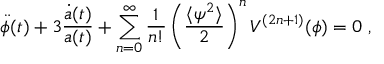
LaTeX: \ddot { \phi } ( t ) + 3 \frac { \dot { a } ( t ) } { a ( t ) } + \sum _ { n = 0 } ^ { \infty } \frac { 1 } { n ! } \left( \frac { \langle \psi ^ { 2 } \rangle } { 2 } \right) ^ { n } V ^ { ( 2 n + 1 ) } ( \phi ) = 0 \; ,